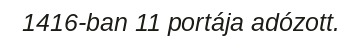
1416-ban 11 portája adózott.